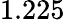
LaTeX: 1.225